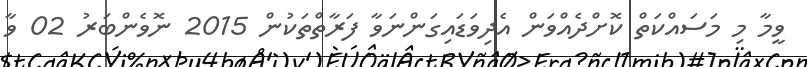
ވީމާ މި މަސައްކަތް ކޮށްދެއްވަން އެދިވަޑައިގަންނަވާ ފަރާތްތަކުން 2015 ނޮވެންބަރު 02 ވާ